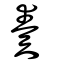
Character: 奏